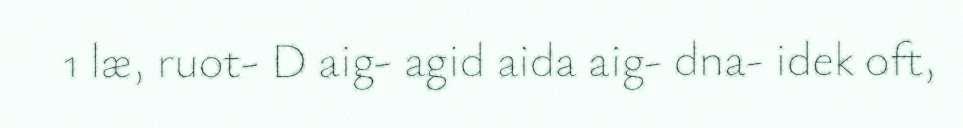
1 læ, ruot- D aig- agid aida aig- dna- idek oft,